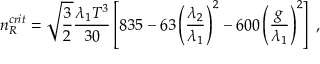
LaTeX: n _ { R } ^ { c r i t } = \sqrt { \frac { 3 } { 2 } } { \frac { \lambda _ { 1 } T ^ { 3 } } { 3 0 } } \left[ 8 3 5 - 6 3 \left( { \frac { \lambda _ { 2 } } { \lambda _ { 1 } } } \right) ^ { 2 } - 6 0 0 \left( { \frac { g } { \lambda _ { 1 } } } \right) ^ { 2 } \right] \; ,